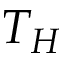
T _ { H }